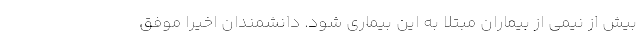
بیش از نیمی از بیماران مبتلا به این بیماری شود. دانشمندان اخیرا موفق